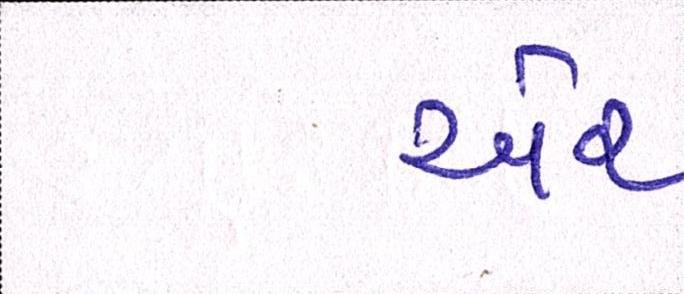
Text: ઍર